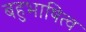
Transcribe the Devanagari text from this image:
बहुभाषित्व